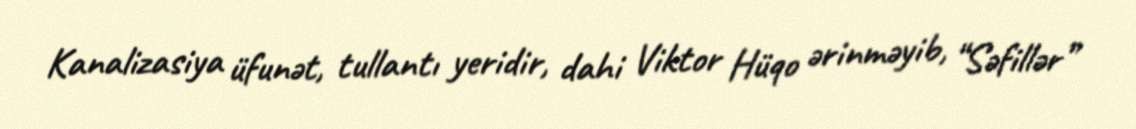
Kanalizasiya üfunət, tullantı yeridir, dahi Viktor Hüqo ərinməyib, “Səfillər”